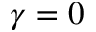
\gamma = 0